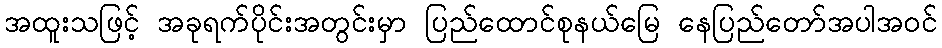
အထူးသဖြင့် အခုရက်ပိုင်းအတွင်းမှာ ပြည်ထောင်စုနယ်မြေ နေပြည်တော်အပါအဝင်